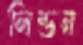
লিন্ডন